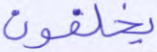
يخلفون